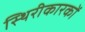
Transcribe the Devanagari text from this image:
स्थिरीकारकों